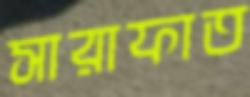
সারাফাত